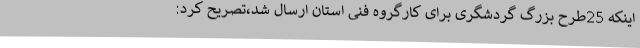
اینکه 25طرح بزرگ گردشگری برای کارگروه فنی استان ارسال شد،تصریح کرد: